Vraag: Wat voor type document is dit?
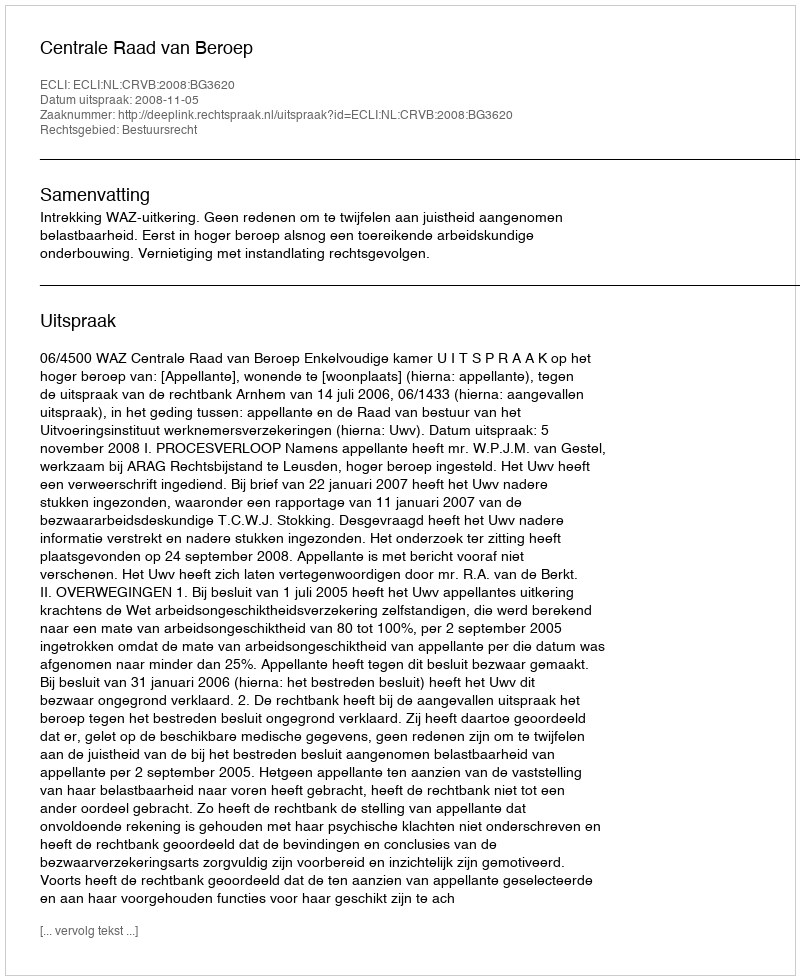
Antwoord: Uitspraak